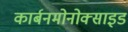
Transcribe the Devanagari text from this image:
कार्बनमोनोक्साइड